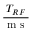
\frac { T _ { R F } } { \mathrm { ~ m ~ s ~ } }